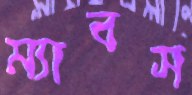
ম্যাবস